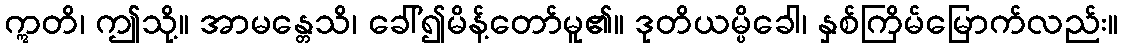
ဣတိ၊ ဤသို့။ အာမန္တေသိ၊ ခေါ်၍မိန့်တော်မူ၏။ ဒုတိယမ္ပိခေါ၊ နှစ်ကြိမ်မြောက်လည်း။